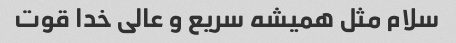
سلام مثل همیشه سریع و عالی خدا قوت